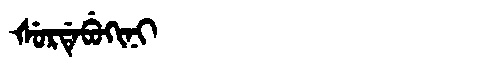
Manchu: ᡧᡠᡵᡩᡝᠪᡠᡴᡳᠨᡳ
Romanization: ŠURDEBUKINI